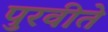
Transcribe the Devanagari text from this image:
पुरवीते